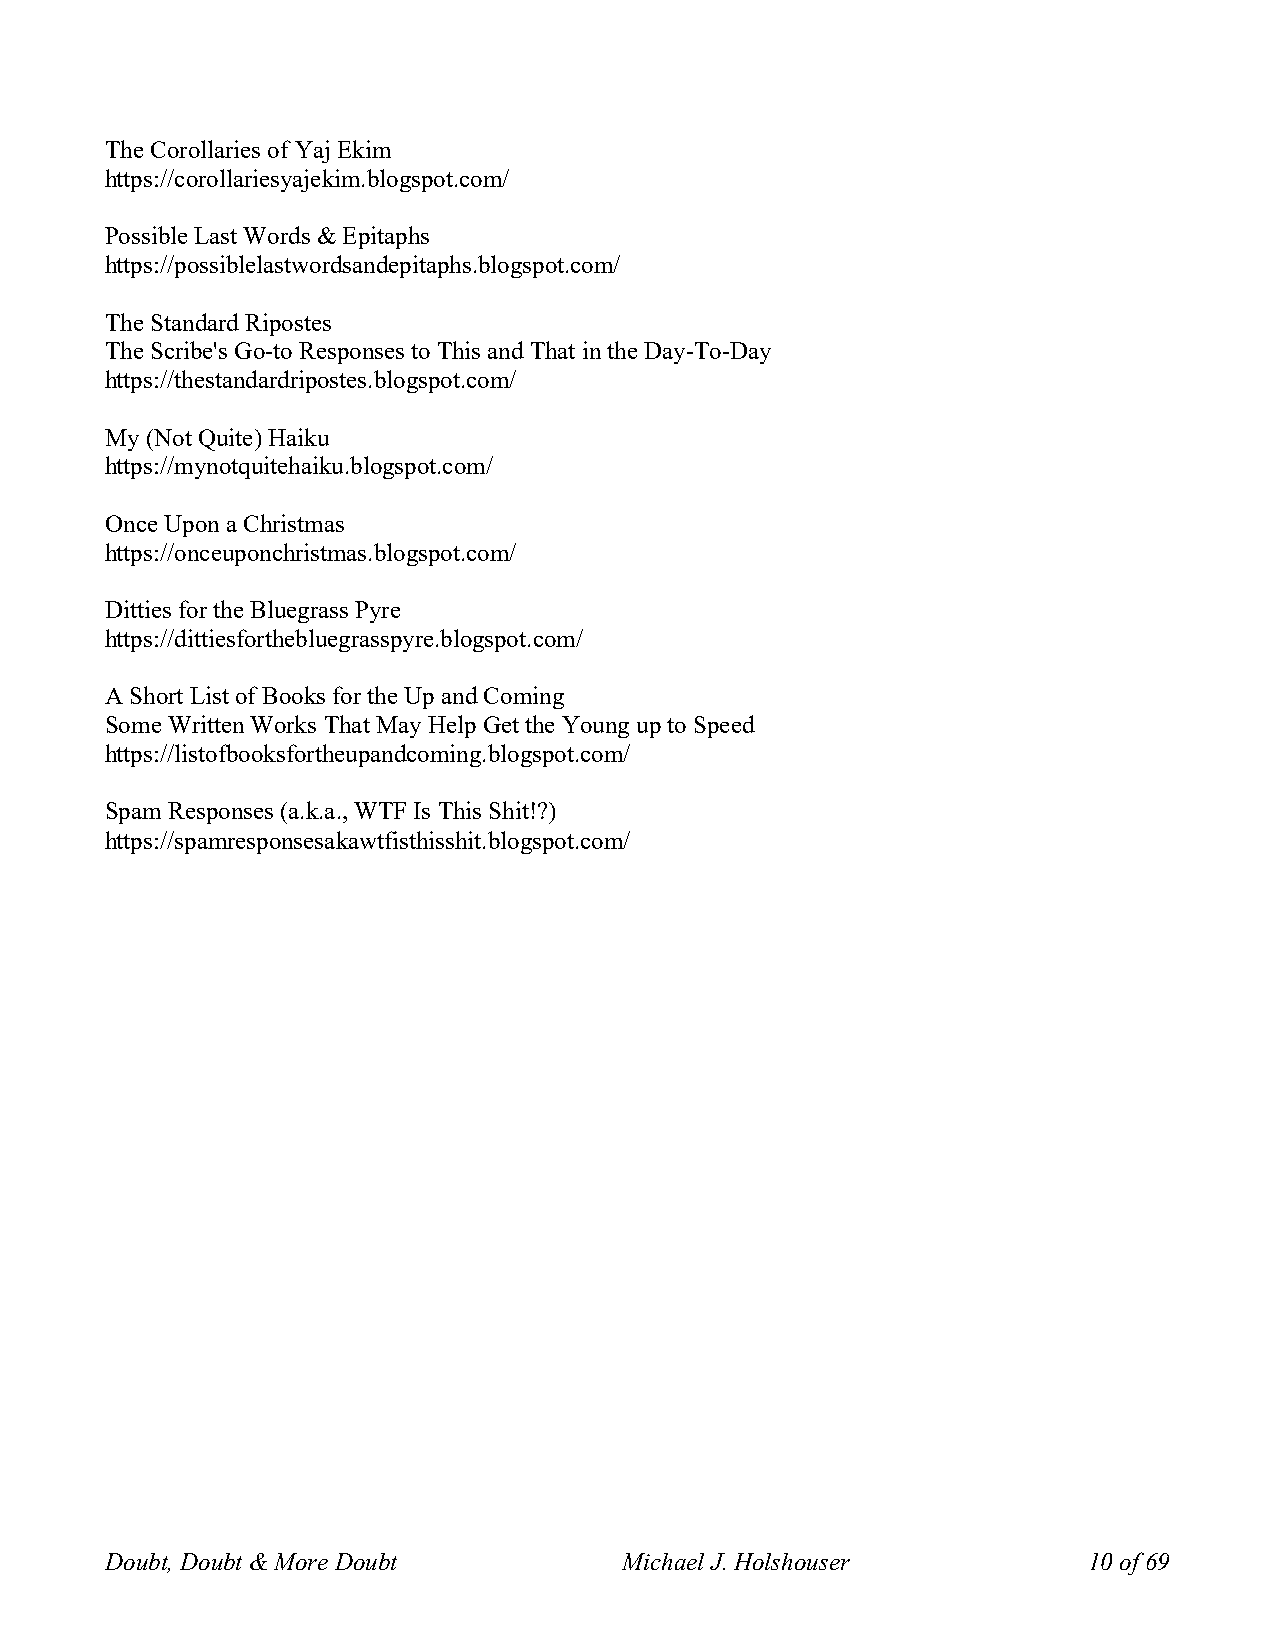
The Corollaries of Yaj Ekim
 https://corollariesyajekim.blogspot.com/
 Possible Last Words & Epitaphs
 https://possiblelastwordsandepitaphs.blogspot.com/
 The Standard Ripostes
 The Scribe's Go-to Responses to This and That in the Day-To-Day
 https://thestandardripostes.blogspot.com/
 My (Not Quite) Haiku
 https://mynotquitehaiku.blogspot.com/
 Once Upon a Christmas
 https://onceuponchristmas.blogspot.com/
 Ditties for the Bluegrass Pyre
 https://dittiesforthebluegrasspyre.blogspot.com/
 A Short List of Books for the Up and Coming
 Some Written Works That May Help Get the Young up to Speed
 https://listofbooksfortheupandcoming.blogspot.com/
 Spam Responses (a.k.a., WTF Is This Shit!?)
 https://spamresponsesakawtfisthisshit.blogspot.com/
 Doubt, Doubt & More Doubt         Michael J. Holshouser          10 of 69